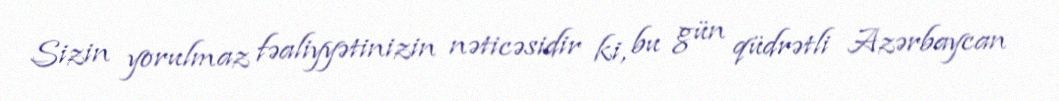
Sizin yorulmaz fəaliyyətinizin nəticəsidir ki, bu gün qüdrətli Azərbaycan